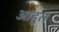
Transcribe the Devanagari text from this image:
आहुत